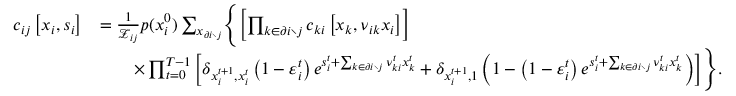
\begin{array} { r l } { c _ { i j } \left[ \boldsymbol { x } _ { i } , \boldsymbol { s } _ { i } \right] } & { = \frac { 1 } { \mathcal { Z } _ { i j } } p ( x _ { i } ^ { 0 } ) \sum _ { \boldsymbol { x } _ { \partial i \setminus j } } \Biggl \{ \left[ \prod _ { k \in \partial i \setminus j } c _ { k i } \left[ \boldsymbol { x } _ { k } , \boldsymbol { \nu } _ { i k } \boldsymbol { x } _ { i } \right] \right] } \\ & { \qquad \times \prod _ { t = 0 } ^ { T - 1 } \left[ \delta _ { x _ { i } ^ { t + 1 } , x _ { i } ^ { t } } \left( 1 - \varepsilon _ { i } ^ { t } \right) e ^ { s _ { i } ^ { t } + \sum _ { k \in \partial i \setminus j } \nu _ { k i } ^ { t } x _ { k } ^ { t } } + \delta _ { x _ { i } ^ { t + 1 } , 1 } \left( 1 - \left( 1 - \varepsilon _ { i } ^ { t } \right) e ^ { s _ { i } ^ { t } + \sum _ { k \in \partial i \setminus j } \nu _ { k i } ^ { t } x _ { k } ^ { t } } \right) \right] \Biggr \} . } \end{array}